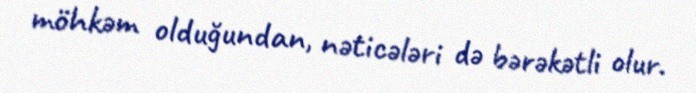
möhkəm olduğundan, nəticələri də bərəkətli olur.